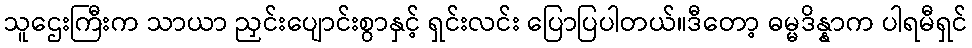
သူဌေးကြီးက သာယာ ညှင်းပျောင်းစွာနှင့် ရှင်းလင်း ပြောပြပါတယ်။ဒီတော့ ဓမ္မဒိန္နာက ပါရမီရှင်